331_120752_Numeric_Files_1944–1945_37153_German_Armament_Equipment_Documents
Agency: Department of War
Incident date: 3/18/45
Incident location: Germany
Page 14
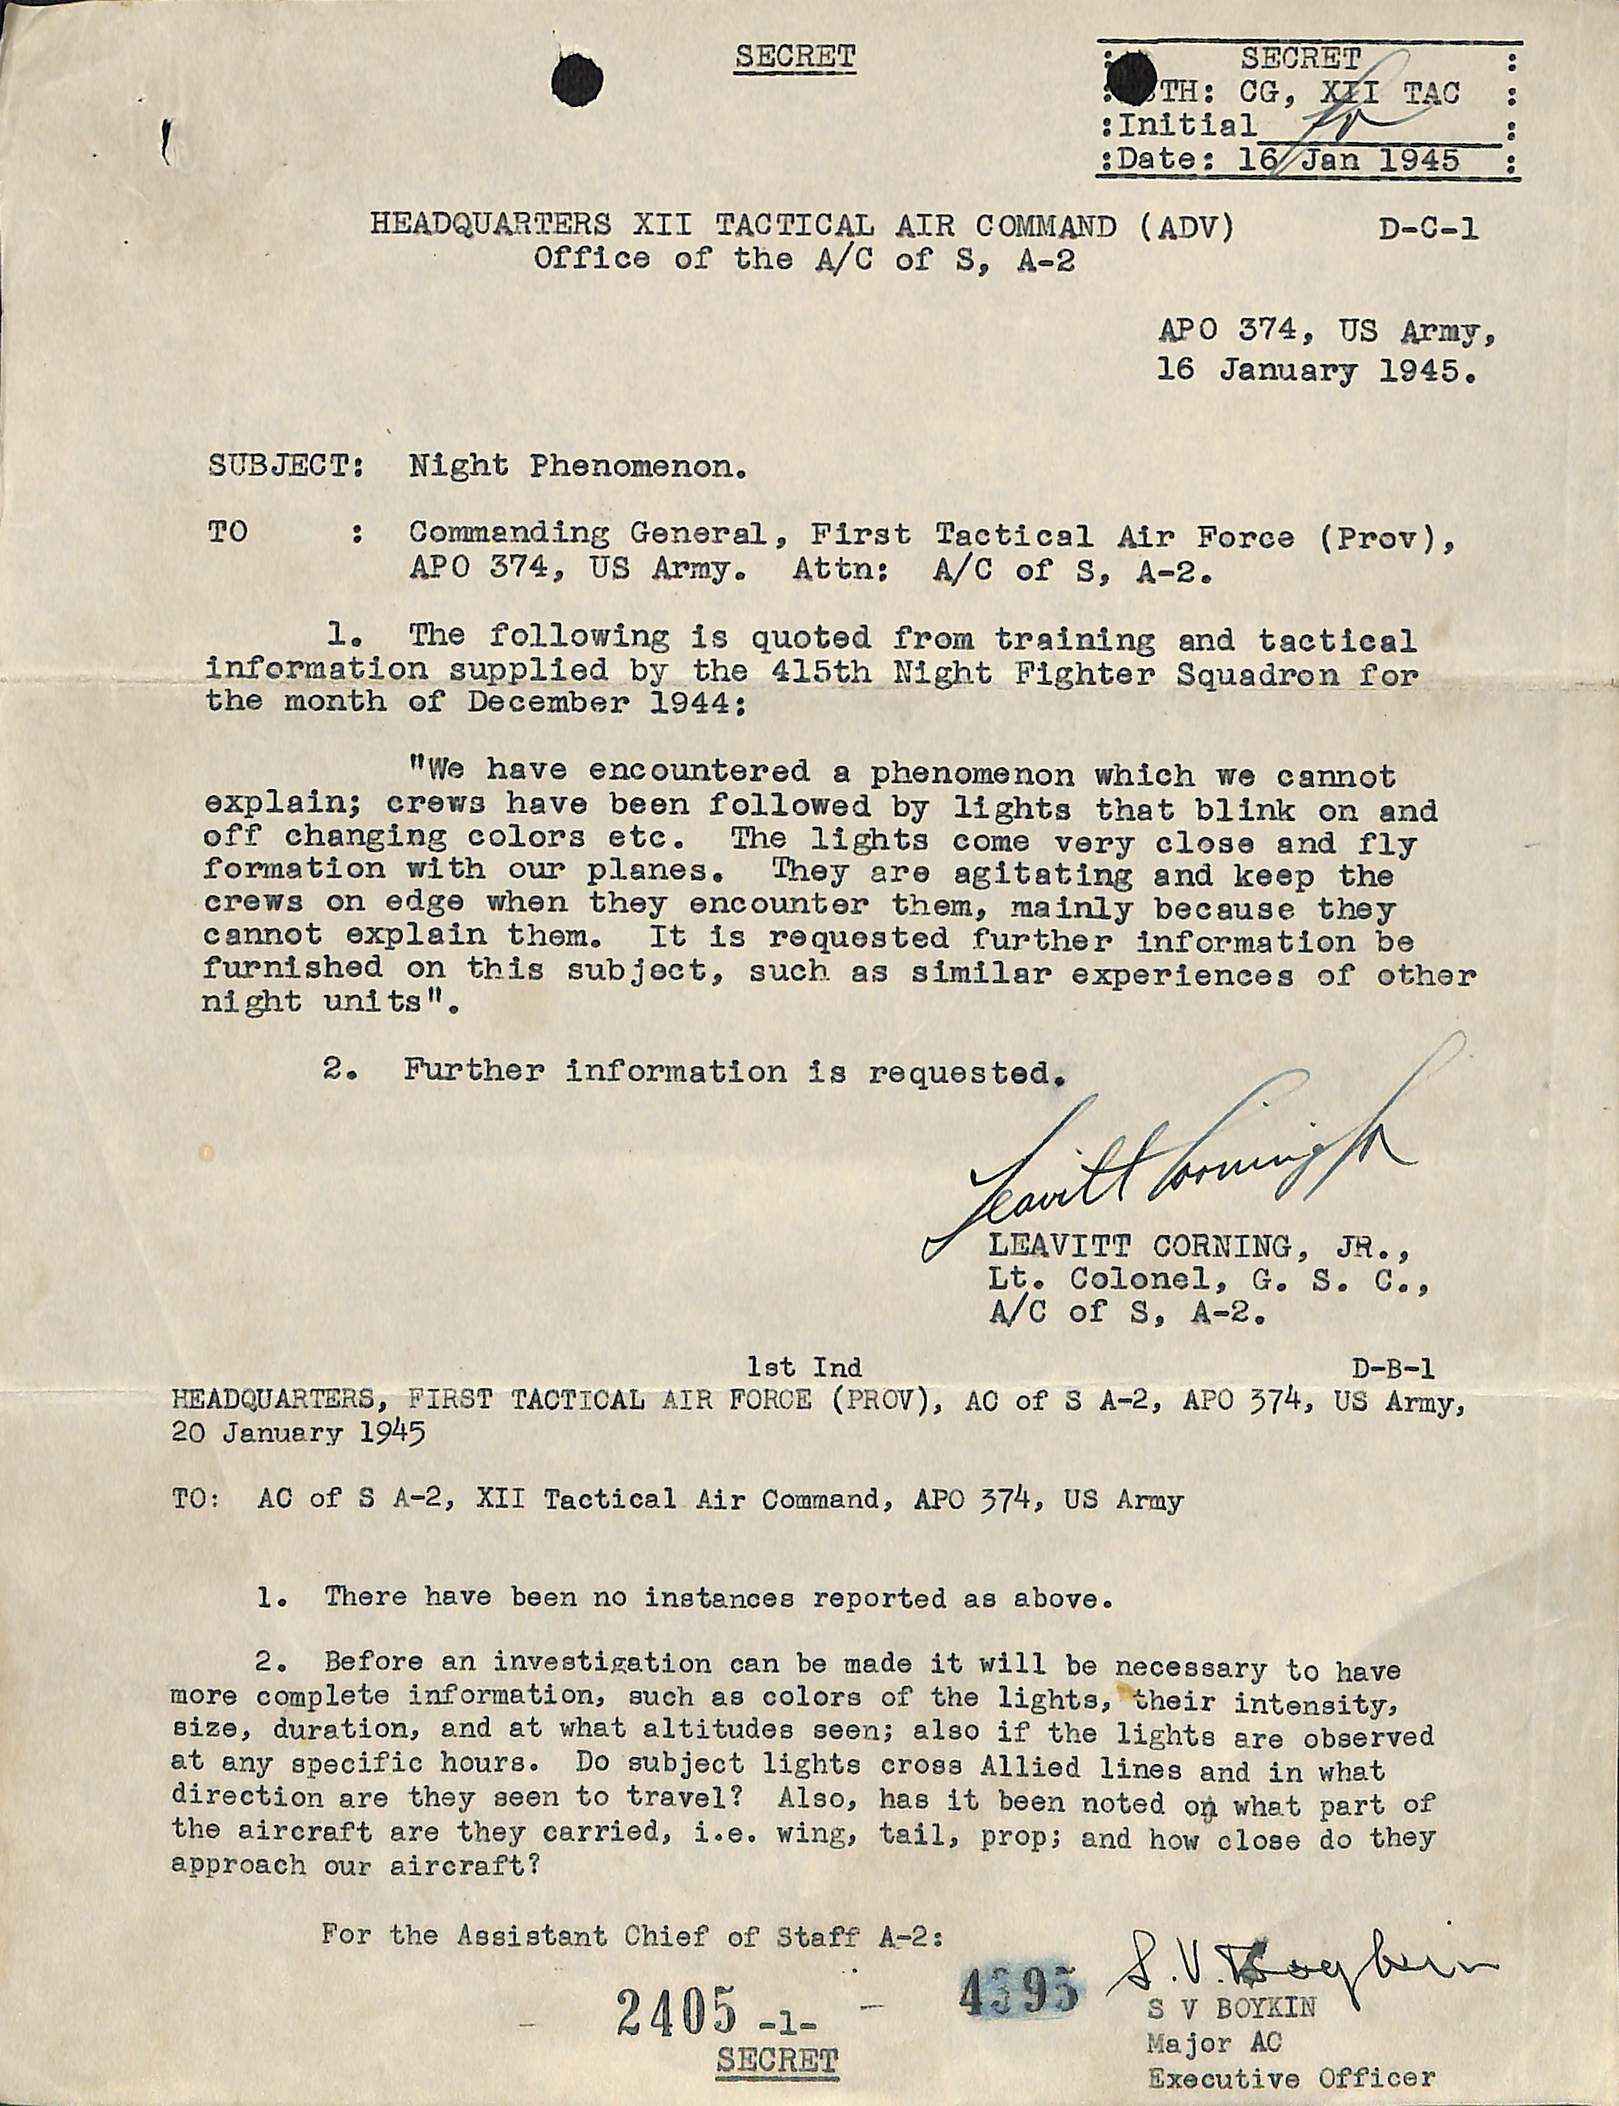